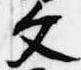
文